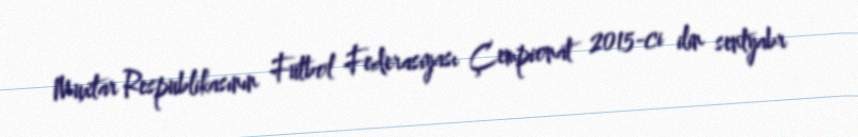
Muxtar Respublikasının Futbol Federasiyası Çempionat 2015-ci ilin sentyabr